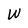
Character: W